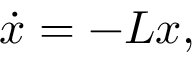
\dot { x } = - L x ,